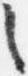
之